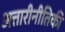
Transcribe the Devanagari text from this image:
अत्तारीनीतिकी